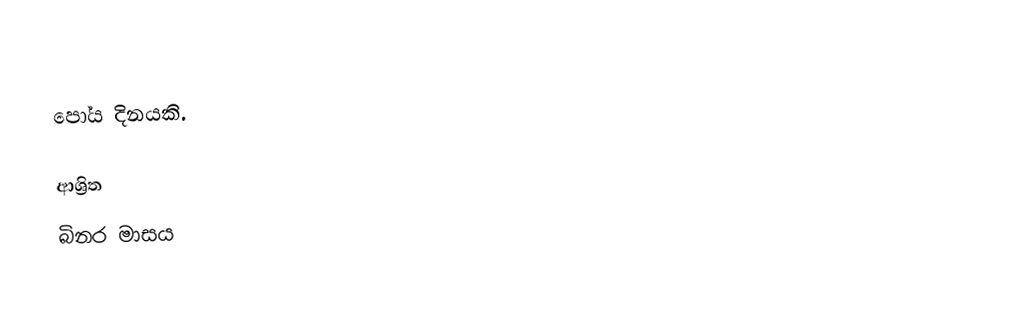
පෝය දිනයකි.

ආශ්‍රිත
 බිනර මාසය